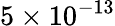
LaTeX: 5\times 10^{-13}